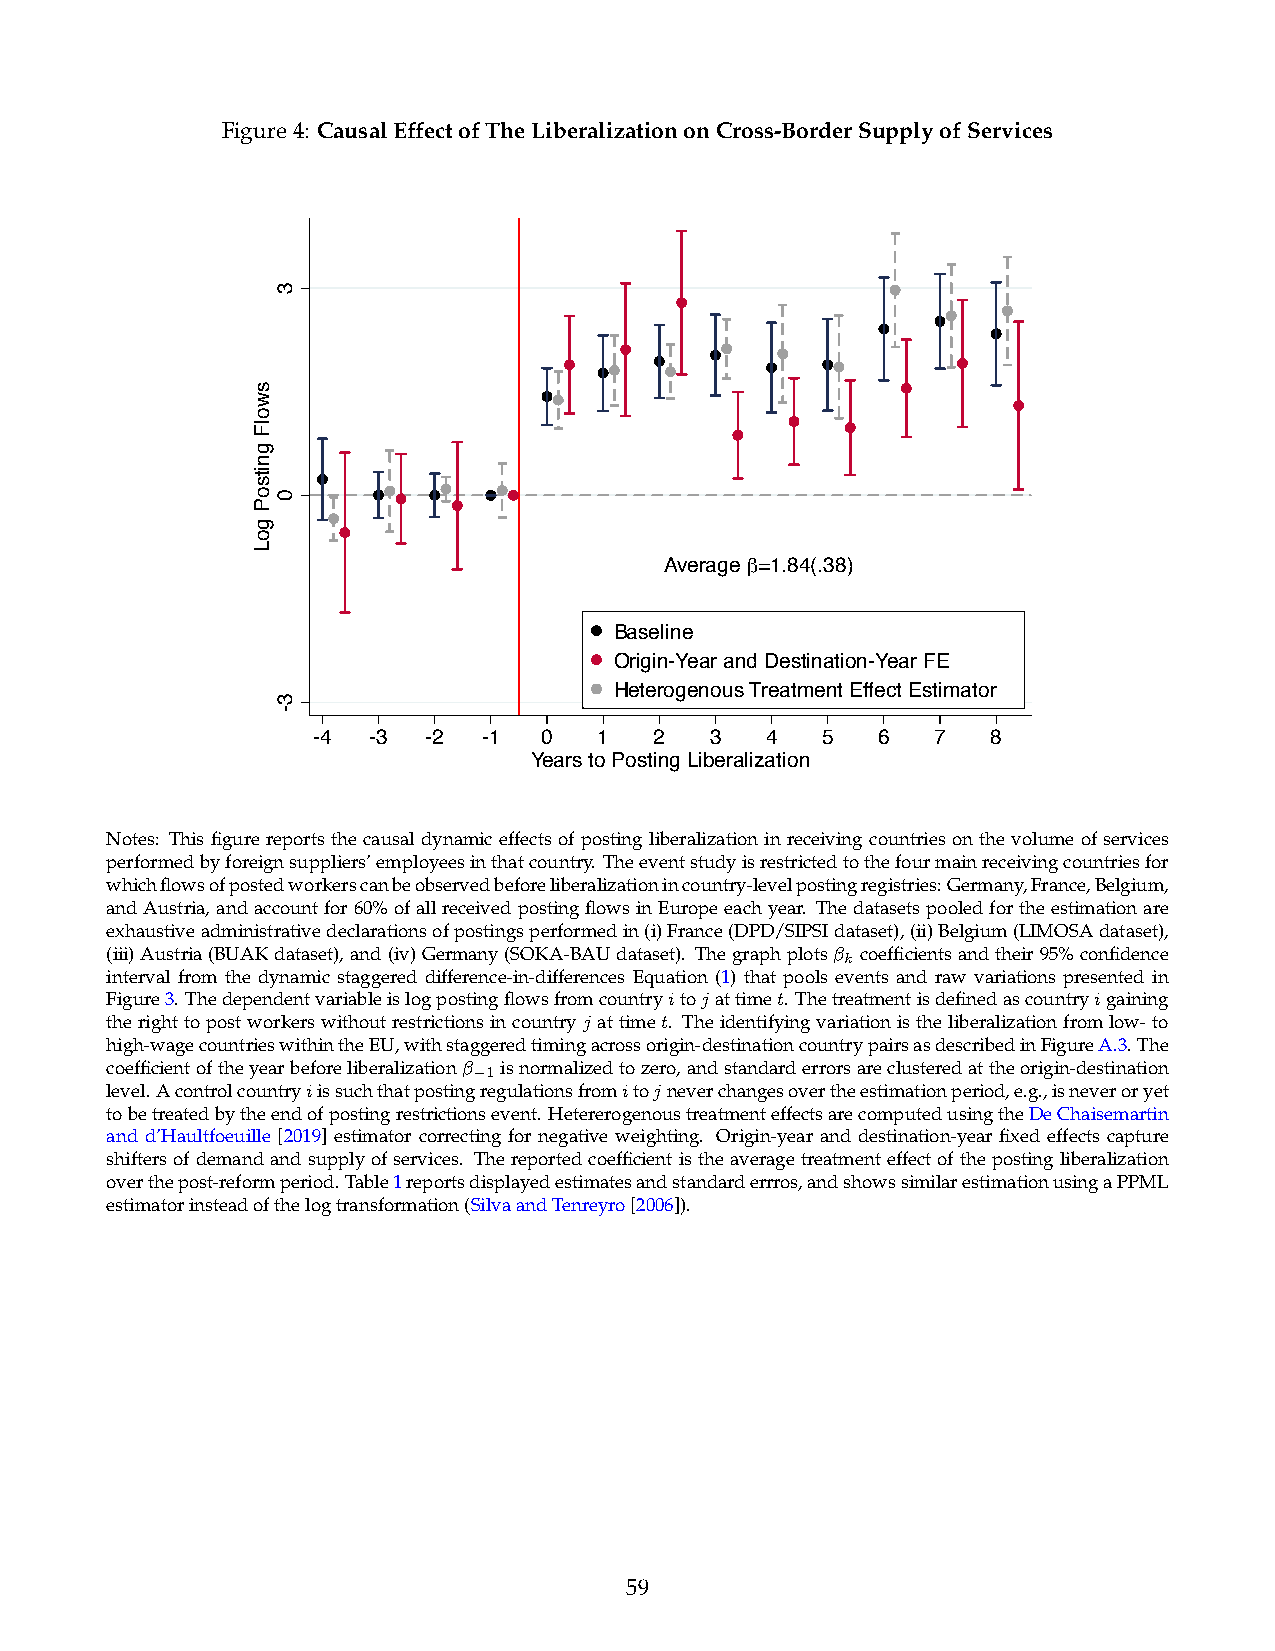
Figure4: CausalEffectofTheLiberalizationonCross-BorderSupplyofServices
 Average β=1.84(.38)
 Baseline
 Origin-Year and Destination-Year FE
 Heterogenous Treatment Effect Estimator
 -4 -3  -2  -1  0   1  2   3   4  5   6   7   8
 Years to Posting Liberalization
 Notes: This figure reports the causal dynamic effects of posting liberalization in receiving countries on the volume of services
 performedbyforeignsuppliers’employeesinthatcountry. Theeventstudyisrestrictedtothefourmainreceivingcountriesfor
 whichflowsofpostedworkerscanbeobservedbeforeliberalizationincountry-levelpostingregistries:Germany,France,Belgium,
 andAustria,andaccountfor60%ofallreceivedpostingflowsinEuropeeachyear. Thedatasetspooledfortheestimationare
 exhaustiveadministrativedeclarationsofpostingsperformedin(i)France(DPD/SIPSIdataset),(ii)Belgium(LIMOSAdataset),
 (iii)Austria(BUAKdataset),and(iv)Germany(SOKA-BAUdataset). Thegraphplots k coefficientsandtheir95%confidence
 interval from the dynamic staggered difference-in-differences Equation (1) that pools events and raw variations presented in
 Figure3. Thedependentvariableislogpostingflowsfromcountryitojattimet. Thetreatmentisdefinedascountryigaining
 therighttopostworkerswithoutrestrictionsincountryj attimet. Theidentifyingvariationistheliberalizationfromlow-to
 high-wagecountrieswithintheEU,withstaggeredtimingacrossorigin-destinationcountrypairsasdescribedinFigureA.3.The
 coefficientoftheyearbeforeliberalization 1 isnormalizedtozero,andstandarderrorsareclusteredattheorigin-destination

 level.Acontrolcountryiissuchthatpostingregulationsfromitojneverchangesovertheestimationperiod,e.g.,isneveroryet
 tobetreatedbytheendofpostingrestrictionsevent. HetererogenoustreatmenteffectsarecomputedusingtheDeChaisemartin
 and d’Haultfoeuille [2019] estimator correcting for negative weighting. Origin-year and destination-year fixed effects capture
 shiftersofdemandandsupplyofservices. Thereportedcoefficientistheaveragetreatmenteffectofthepostingliberalization
 overthepost-reformperiod.Table1reportsdisplayedestimatesandstandarderrros,andshowssimilarestimationusingaPPML
 estimatorinsteadofthelogtransformation(SilvaandTenreyro[2006]).
 59
 swolF
 gnitsoP
 goL
 3
 0
 3-